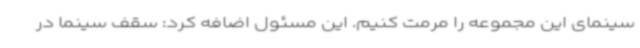
سینمای این مجموعه را مرمت کنیم. این مسئول اضافه کرد: سقف سینما در